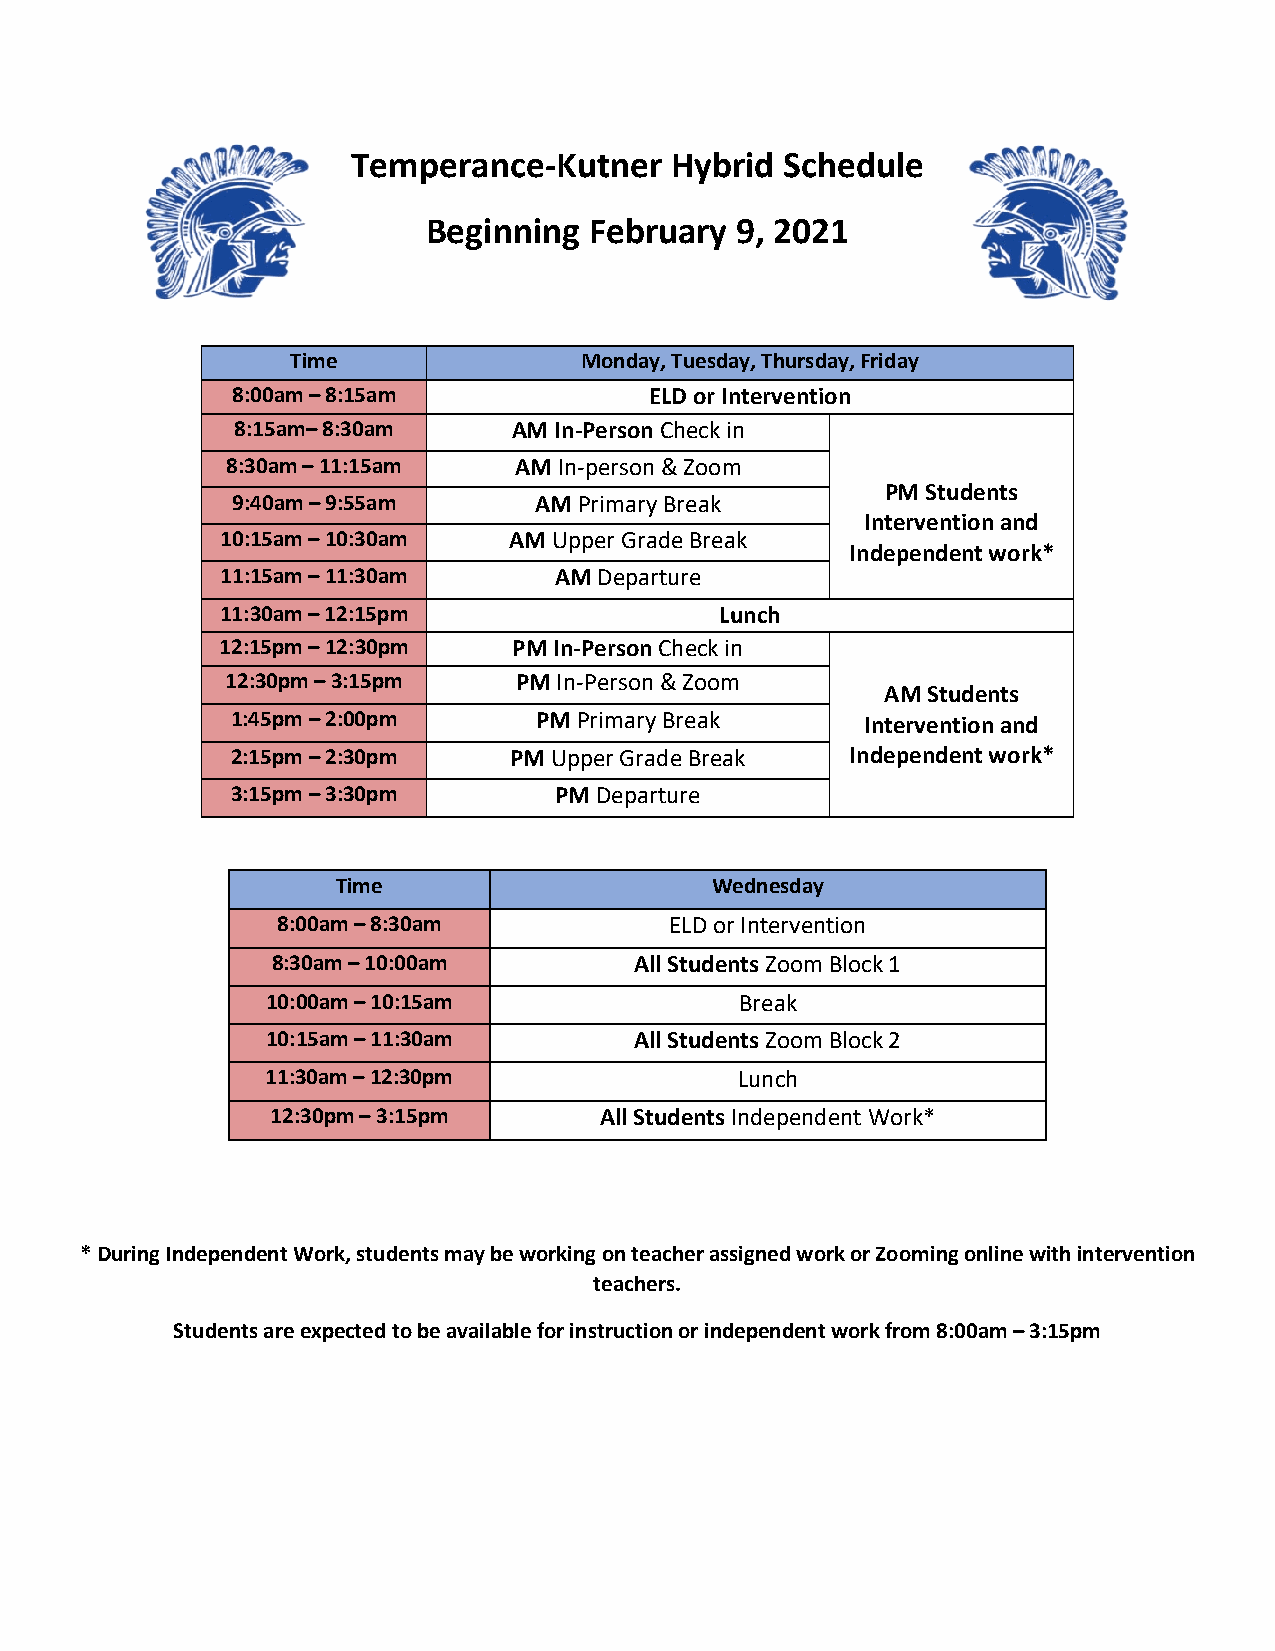
Temperance-Kutner    Hybrid  Schedule
 Beginning  February  9, 2021
 Time               Monday, Tuesday, Thursday, Friday
 8:00am – 8:15am             ELD or Intervention
 8:15am– 8:30am    AM In-Person Check in
 8:30am – 11:15am   AM In-person & Zoom
 PM Students
 9:40am – 9:55am     AM Primary Break
 Intervention and
 10:15am – 10:30am  AM Upper Grade Break
 Independent work*
 11:15am – 11:30am     AM Departure
 11:30am – 12:15pm                Lunch
 12:15pm – 12:30pm  PM In-Person Check in
 12:30pm – 3:15pm   PM In-Person & Zoom
 AM Students
 1:45pm – 2:00pm     PM Primary Break      Intervention and
 2:15pm – 2:30pm    PM Upper Grade Break  Independent work*
 3:15pm – 3:30pm       PM Departure
 Time                     Wednesday
 8:00am – 8:30am           ELD or Intervention
 8:30am – 10:00am        All Students Zoom Block 1
 10:00am – 10:15am              Break
 10:15am – 11:30am       All Students Zoom Block 2
 11:30am – 12:30pm              Lunch
 12:30pm – 3:15pm      All Students Independent Work*
 * During Independent Work, students may be working on teacher assigned work or Zooming online with intervention
 teachers.
 Students are expected to be available for instruction or independent work from 8:00am – 3:15pm